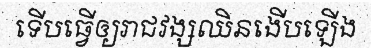
ទើបធ្វើឲ្យរាជវង្សឈិនងើបឡើង